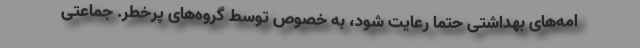
امه‌های بهداشتی حتماً رعایت شود، به خصوص توسط گروه‌های پرخطر. ‌جماعتی